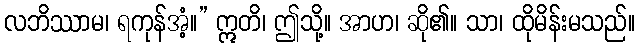
လဘိဿာမ၊ ရကုန်အံ့။” ဣတိ၊ ဤသို့။ အာဟ၊ ဆို၏။ သာ၊ ထိုမိန်းမသည်။